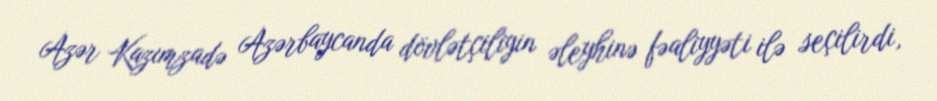
Azər Kazımzadə Azərbaycanda dövlətçiliyin əleyhinə fəaliyyəti ilə seçilirdi,